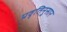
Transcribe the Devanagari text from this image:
प्रवृतिनुसार